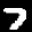
Label: 7